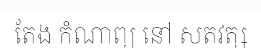
តែង កំណាព្យ នៅ សតវត្ស